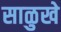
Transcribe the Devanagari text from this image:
साळुखे